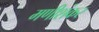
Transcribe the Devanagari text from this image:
मणीशंकर